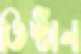
তিষ্ঠান